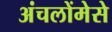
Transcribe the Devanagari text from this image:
अंचलोंमेसे